Civil Veterinary Dept. Assam report 1927-50 - 1927-1950
Year: 1927
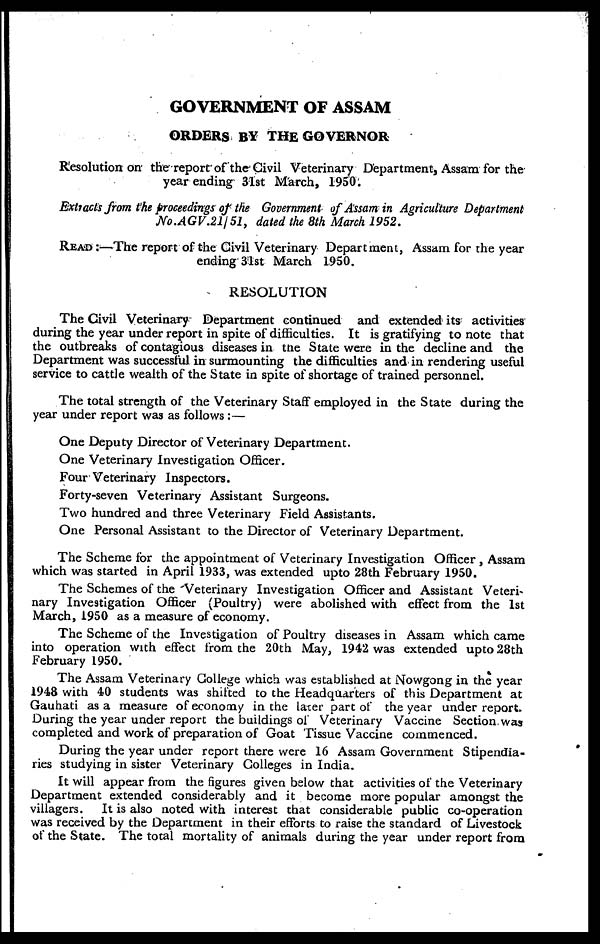
GOVERNMENT OF ASSAM
ORDERS BY THE GOVERNOR
Resolution on the report of the Civil Veterinary Department, Assam for the
year ending 31st March, 1950.
Extracts from the proceedings of the Government of Assam in Agriculture Department
No.AGV.21/51,
dated the 8th March 1952.
read :—The report of the Civil Veterinary Department, Assam for the year
ending 31st March 1950.
RESOLUTION
The Civil Veterinary Department continued and extended its activities
during the year under report in spite of difficulties. It is gratifying to note that
the outbreaks of contagious diseases in the State were in the decline and the
Department was successful in surmounting the difficulties and in rendering useful
service to cattle wealth of the State in spite of shortage of trained personnel.
The total strength of the Veterinary Staff employed in the State during the
year under report was as follows :—
One Deputy Director of Veterinary Department.
One Veterinary Investigation Officer.
Four Veterinary Inspectors.
Forty-seven Veterinary Assistant Surgeons.
Two hundred and three Veterinary Field Assistants.
One Personal Assistant to the Director of Veterinary Department.
The Scheme for the appointment of Veterinary Investigation Officer , Assam
which was started in April 1933, was extended upto 28th February 1950.
The Schemes of the Veterinary Investigation Officer and Assistant Veteri-
nary Investigation Officer (Poultry) were abolished with effect from the 1st
March, 1950 as a measure of economy.
The Scheme of the Investigation of Poultry diseases in Assam which came
into operation with effect from the 20th May, 1942 was extended upto 28th
February 1950.
The Assam Veterinary College which was established at Nowgong in the year
1948 with 40 students was shifted to the Headquarters of this Department at
Gauhati as a measure of economy in the later part of the year under report.
During the year under report the buildings of Veterinary Vaccine Section was
completed and work of preparation of Goat Tissue Vaccine commenced.
During the year under report there were 16 Assam Government Stipendia-
ries studying in sister Veterinary Colleges in India.
It will appear from the figures given below that activities of the Veterinary
Department extended considerably and it become more popular amongst the
villagers. It is also noted with interest that considerable public co-operation
was received by the Department in their efforts to raise the standard of Livestock
of the State. The total mortality of animals during the year under report from